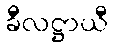
ခီလဋ္ဌာယီ